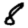
Digit: 8